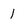
Character: 1